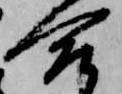
合